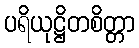
ပရိယုဋ္ဌိတစိတ္တာ